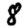
Digit: 8